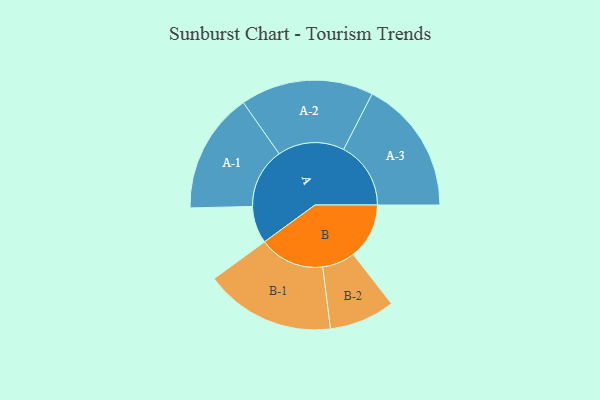
{"axis": {"x": "Segment", "y": "Value"}, "legend": ["", "A", "B"], "data": [{"x": "A", "y": 118, "type": ""}, {"x": "B", "y": 177, "type": ""}, {"x": "A-1", "y": 191, "type": "A"}, {"x": "A-2", "y": 211, "type": "A"}, {"x": "A-3", "y": 213, "type": "A"}, {"x": "B-1", "y": 207, "type": "B"}, {"x": "B-2", "y": 104, "type": "B"}]}